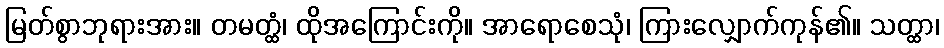
မြတ်စွာဘုရားအား။ တမတ္ထံ၊ ထိုအကြောင်းကို။ အာရောစေသုံ၊ ကြားလျှောက်ကုန်၏။ သတ္ထာ၊